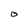
Character: O